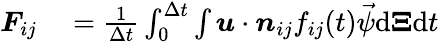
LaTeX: \begin{array}{rl}{\boldsymbol{F}_{ij}}&{{}=\frac{1}{\Delta t}\int_{0}^{\Delta t}\int\boldsymbol{u}\cdot\boldsymbol{n}_{ij}f_{ij}(t){\vec{\psi}}\mathrm{d}\boldsymbol{\Xi}\mathrm{d}t}\end{array}